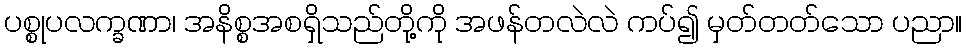
ပစ္စုပလက္ခဏာ၊ အနိစ္စအစရှိသည်တို့ကို အဖန်တလဲလဲ ကပ်၍ မှတ်တတ်သော ပညာ။